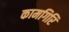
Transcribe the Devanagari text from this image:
कामगिरि